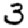
Digit: 3